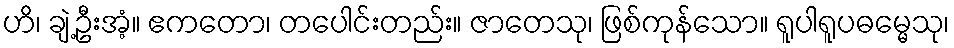
ဟိ၊ ချဲ့ဦးအံ့။ ဧကတော၊ တပေါင်းတည်း။ ဇာတေသု၊ ဖြစ်ကုန်သော။ ရူပါရူပဓမ္မေသု၊